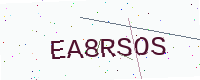
Text: EA8RSOS